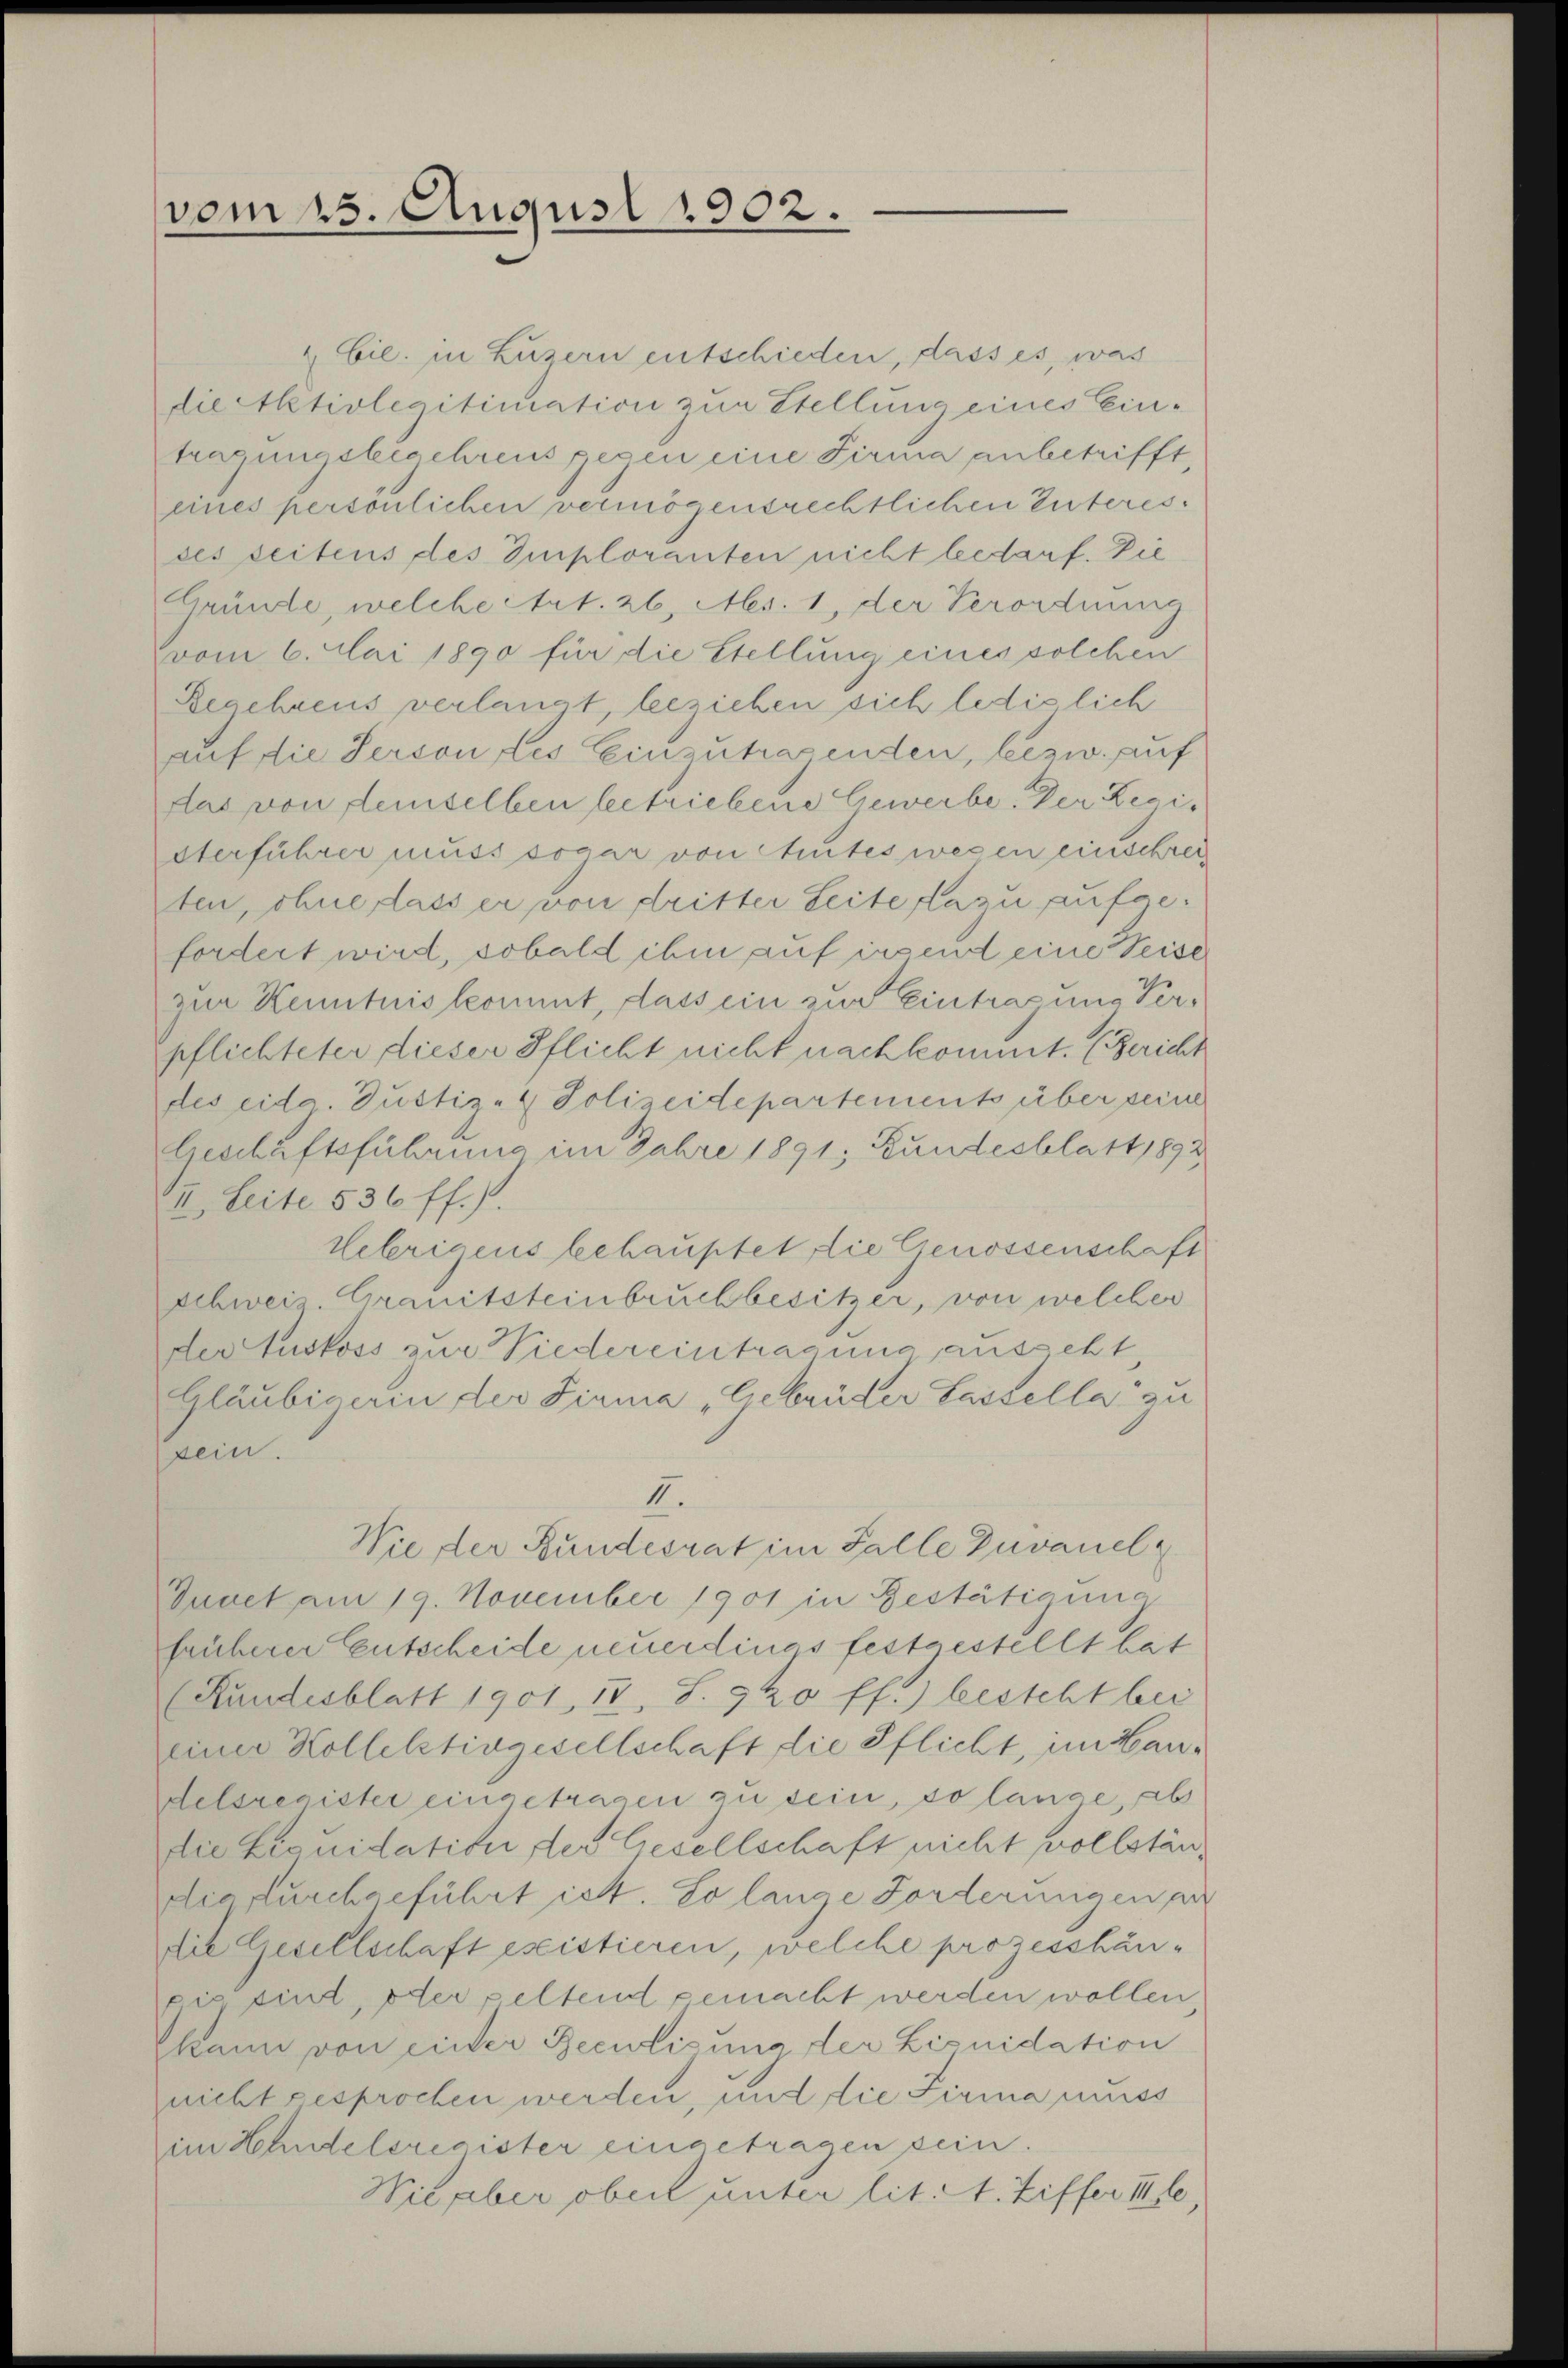
& Cie. in Luzern entschieden, dass es, was
die Aktivlegitimation zur Stellung eines Eintragungsbegehrens gegen eine Firma anbetrifft,
eines persönlichen vermögensrechtlichen Interesses seitens des Imploranten nicht bedarf. Die
Gründe, welche Art. 26, Mes. 1, der Verordnung
vom 6. Mai 1890 für die Stellung eines solchen
Beachtens verlangt, beziehen sich lediglich
auf die Serson des Einzutragenden, bezw. auf
das von demselben betriebene Gewerbe. Der Registerführer muss sogar von Mutes wesen einschrei
ten, ohne dass er von dritter Seite dazu aufgefordert wird, sobald ihm auf insend eine Seise
zur Kenntnis kommt, dass ein zur Eintrag und Verpflichteter dieser Pflicht nicht nachkommt. (Bericht
des eidg. Justiz- & Polizeidepartements über seine
Geschäftsführung im Jahre 1891; Bundesblatt 1892
II. Seite 536 ff.).
lebrigens behauptet die Genossenschaft
schwei Granitsteinbruchbesitzer, von welcher
der Auskoss zur Nieder eintragung ausseht
Gläubigerin der Firma „Gebrüder Lastella zu
sein.
II.
Wie der Bundesrat im Falle Zuvanel
Quaet am 19. November 1901 in Bestätigung
früherer Entscheide neuerdings festgestellt hat
(Kundesblatt 1901, IV, S. 920 ff.) besteht bei
einer Kollektivgesellschaft die Pflicht, im Handelsregister eingetragen zu sein, so lange, ab
die Liquidation der Gesellschaft nicht vollständie durchgeführt ist. So lange Forderungen an
die Gesellschaft esistieren, welche prozesshanpie sind, oder geltend gemacht werden wollen
kann von einer Recutisung der Liquidation
nicht gesprochen werden, und die Firma miss
im Zehndelsregister eingetragen sein.
Wie aber ober unter lit. I. Ziffer II

vom 15. August 1902.